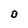
Character: O